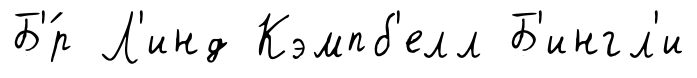
Б'́р Л'инд Кэмпб'елл Б'ингл'и